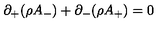
\partial _ { + } ( \rho A _ { - } ) + \partial _ { - } ( \rho A _ { + } ) = 0